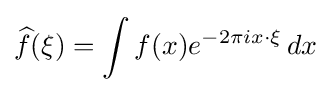
{\widehat {f}}(\xi )=\int f(x)e^{-2\pi ix\cdot \xi }\,dx